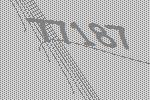
77187